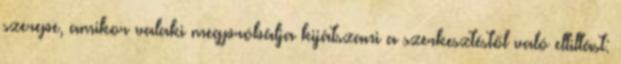
szerepe, amikor valaki megpróbálja kijátszani a szerkesztéstől való eltiltást: